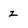
Character: z